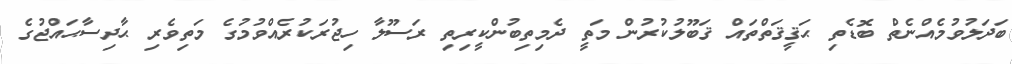
ބަދަލުވުމެއްނެތް ބޮޑެތި ޙަޤީޤަތްތައް ޤަބޫލުކުރުން މަތީ ދެމިތިބުންކީރިތި ރަސޫލާ ހިޖުރަކުރެއްވުމުގެ މަތިވެރި ޙާދިސާޙައްޖުގެ